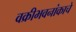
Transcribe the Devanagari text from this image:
वक्रीभवनांकाचे